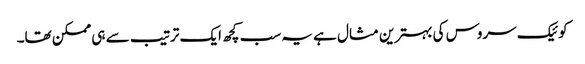
کوئیک سروس کی بہترین مثال ہے یہ سب کچھ ایک ترتیب سے ہی ممکن تھا۔